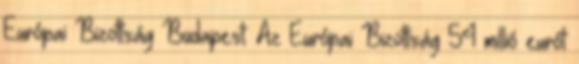
Európai Bizottság Budapest. Az Európai Bizottság 54 millió eurót